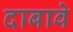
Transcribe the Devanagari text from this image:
दाबावे